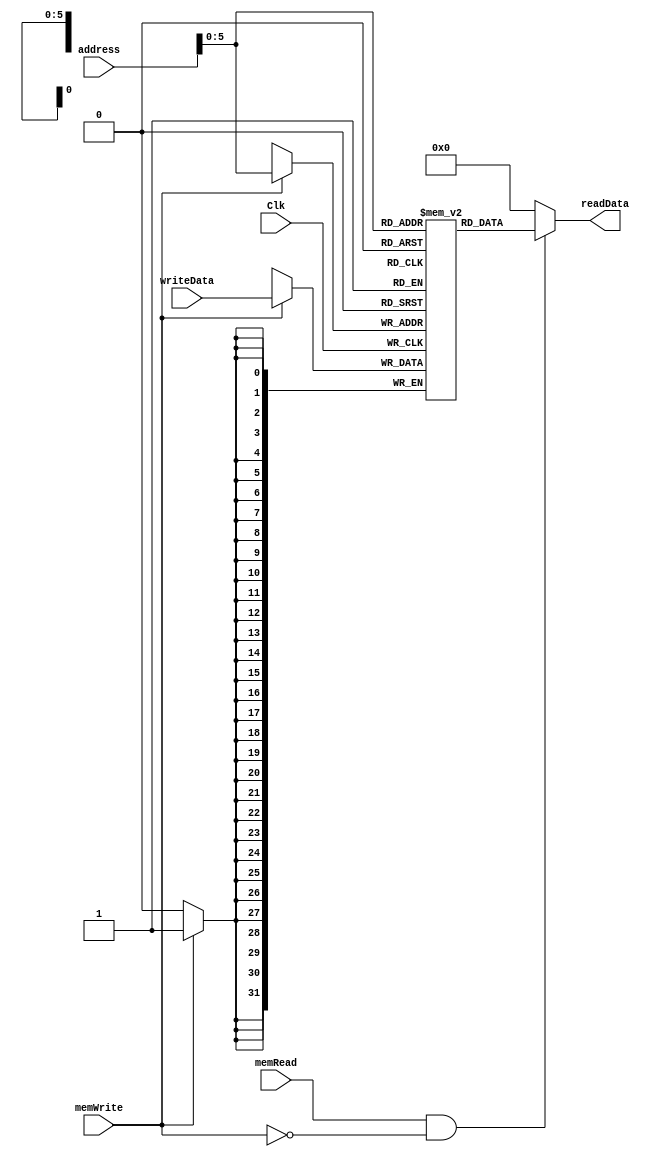
`timescale 1ns / 1ps
//////////////////////////////////////////////////////////////////////////////////
// Company: 
// Engineer: 
// 
// Design Name: 
// Module Name: dataMemory
// Project Name: 
// Target Devices: 
// Tool Versions: 
// Description: 
// 
// Dependencies: 
// 
// Revision:
// Revision 0.01 - File Created
// Additional Comments:
// 
//////////////////////////////////////////////////////////////////////////////////


module dataMemory(
    input Clk,
    input [31:0] address,
    input [31:0] writeData,
    input memWrite,
    input memRead,
    output [31:0] readData
    );
    
    reg [31:0] memFile[0:63];
    integer i;
    initial begin
        for (i = 0; i < 64; i = i + 1)
            memFile[i] <= 0;
    end
    
    assign readData = memRead && !memWrite ? memFile[address] : 0;
    
    always @(negedge Clk) begin
        if (memWrite)
            memFile[address] = writeData;
    end
    
endmodule